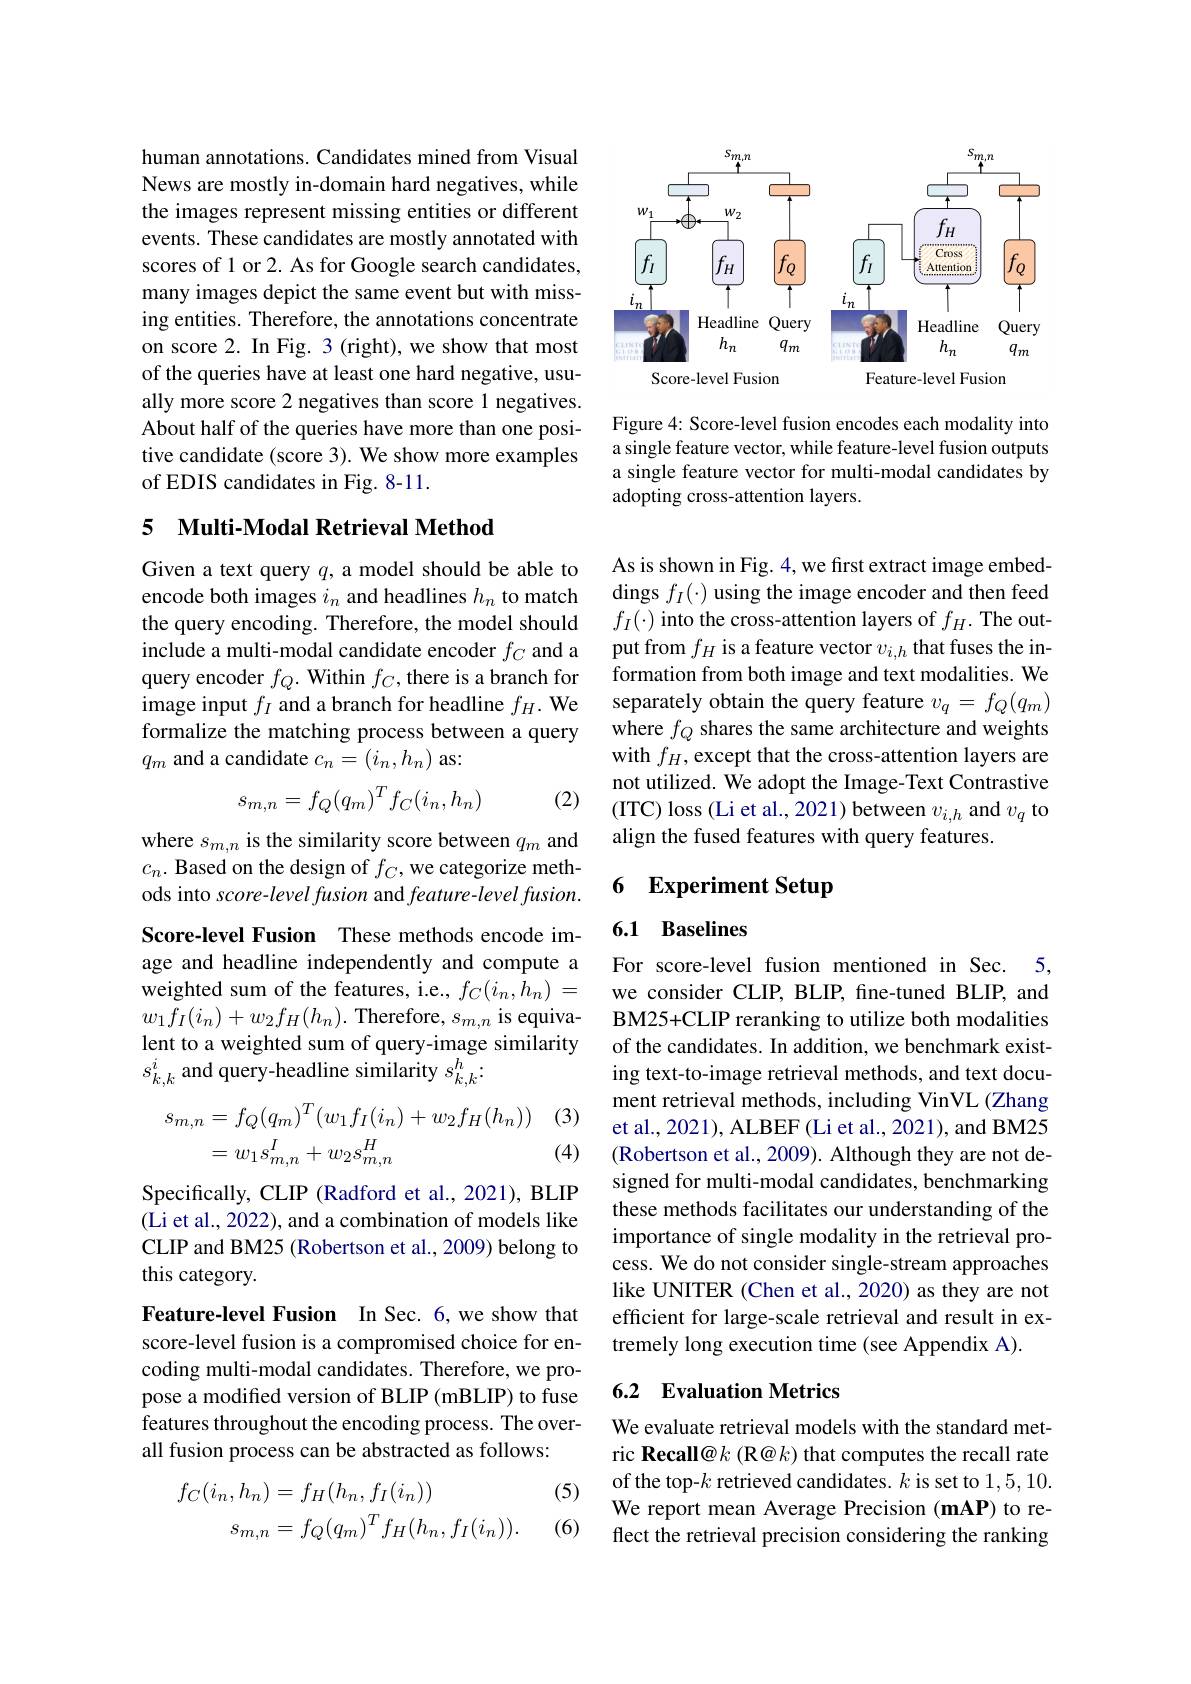
human annotations. Candidates mined from Visual News are mostly in-domain hard negatives, while the images represent missing entities or different events. These candidates are mostly annotated with scores of 1 or 2. As for Google search candidates, many images depict the same event but with missing entities. Therefore, the annotations concentrate on score 2. In Fig. 3 (right), we show that most of the queries have at least one hard negative, usually more score 2 negatives than score 1 negatives. About half of the queries have more than one positive candidate (score 3). We show more examples of EDIS candidates in Fig. 8-11.

## 5 Multi-Modal Retrieval Method

Given a text query $q$,a model should be able to encode both images $i_n$ and headlines $h_n$ to match the query encoding. Therefore, the model should include a multi-modal candidate encoder $f_C$ and a query encoder $f_Q.$ Within $f_C$, there is a branch for image input $f_I$ and a branch for headline $f_H.$ We formalize the matching process between a query $q_m$ and a candidate $c_n=(i_n,h_n)$ as:
$$s_{m,n}=f_Q(q_m)^Tf_C(i_n,h_n)$$
(2)

where $s_m,n$ is the similarity score between $q_m$ and $c_n.$ Based on the design of $f_C$,we categorize methods into score- level fusion and feature- level fusion. Score-level Fusion These methods encode image and headline independently and compute a weighted sum of the features, i.e., $f_C(i_n,h_n)=$ $w_{1}f_{I}(i_{n})+w_{2}f_{H}(h_{n}).$Therefore,$s_m,n$ is equivalent to a weighted sum of query-image similarity $s_{k,k}^i$ and query-headline similarity $s_k,k^h.$

(3)
$$\begin{aligned}s_{m,n}&=f_Q(q_m)^T(w_1f_I(i_n)+w_2f_H(h_n))\\&=w_1s_{m,n}^I+w_2s_{m,n}^H\end{aligned}$$
(4)

Specifically, CLIP (Radford et al., 2021), BLIP (Li et al., 2022), and a combination of models like CLIP and BM25 (Robertson et al., 2009) belong to this category.

Feature-level Fusion In Sec. 6,we show that score-level fusion is a compromised choice for encoding multi-modal candidates. Therefore, we propose a modified version of BLIP (mBLIP) to fuse features throughout the encoding process. The overall fusion process can be abstracted as follows:

(5)

(6)
$$\begin{aligned}f_{C}(i_{n},h_{n})&=f_{H}(h_{n},f_{I}(i_{n}))\\s_{m,n}&=f_{Q}(q_{m})^{T}f_{H}(h_{n},f_{I}(i_{n})).\end{aligned}$$
<FigureHere>

Figure 4: Score-level fusion encodes each modality into a single feature vector, while feature-level fusion outputs a single feature vector for multi-modal candidates by adopting cross-attention layers.

As is shown in Fig. 4, we first extract image embeddings $f_I(\cdot)$ using the image encoder and then feed $f_I(\cdot)$ into the cross-attention layers of $f_H.$ The output from $f_H$ is a feature vector $v_i,h$ that fuses the information from both image and text modalities. We separately obtain the query feature $v_q=f_Q(q_m)$ where $f_Q$ shares the same architecture and weights with $f_H$,except that the cross-attention layers are not utilized. We adopt the Image-Text Contrastive (ITC) loss (Li et al., 2021) between $v_i,h$ and $v_q$ to align the fused features with query features.

### 6 Experiment Setup

## 6.1 Baselines

For score-level fusion mentioned in Sec. 5, we consider CLIP, BLIP, fine-tuned BLIP, and BM25+CLIP reranking to utilize both modalities of the candidates. In addition, we benchmark existing text-to-image retrieval methods, and text document retrieval methods, including VinVL (Zhang et al., 2021), ALBEF (Li et al., 2021), and BM25 (Robertson et al., 2009). Although they are not designed for multi-modal candidates, benchmarking these methods facilitates our understanding of the importance of single modality in the retrieval process. We do not consider single-stream approaches like UNITER (Chen et al., 2020) as they are not efficient for large-scale retrieval and result in extremely long execution time (see Appendix A).

## 6.2 Evaluation Metrics

We evaluate retrieval models with the standard metric Recall@k (R@k) that computes the recall rate of the top-$k$ retrieved candidates. $k$ is set to 1,5,10. We report mean Average Precision (mAP) to reflect the retrieval precision considering the ranking